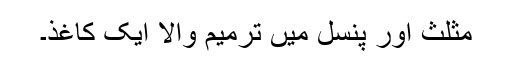
مثلث اور پنسل میں ترمیم والا ایک کاغذ۔